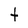
Character: t